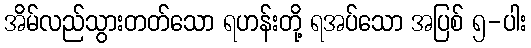
အိမ်လည်သွားတတ်သော ရဟန်းတို့ ရအပ်သော အပြစ် ၅-ပါး